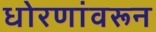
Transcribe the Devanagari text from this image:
धोरणांवरून